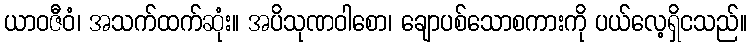
ယာဝဇီဝံ၊ အသက်ထက်ဆုံး။ အပိသုဏဝါစော၊ ချောပစ်သောစကားကို ပယ်လေ့ရှိငသည်။